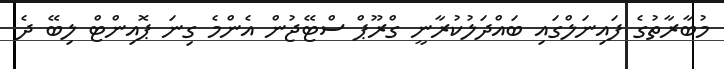
މުބާރާތުގެ ފައިނަލްގައި ބައްދަލުކުރާނީ ގްރޫޕް ސްޓޭޖުން އެންމެ ގިނަ ޕޮއިންޓް ލިބޭ ދެ